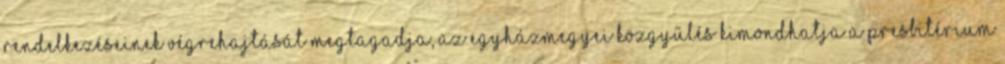
rendelkezéseinek végrehajtását megtagadja, az egyházmegyei közgyűlés kimondhatja a presbitérium